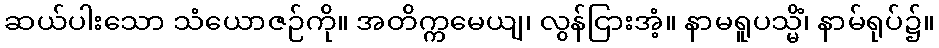
ဆယ်ပါးသော သံယောဇဉ်ကို။ အတိက္ကမေယျ၊ လွန်ငြားအံ့။ နာမရူပသ္မိံ၊ နာမ်ရုပ်၌။